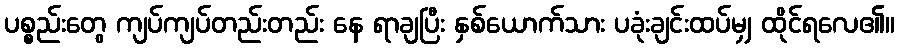
ပစ္စည်းတွေ ကျပ်ကျပ်တည်းတည်း နေ ရာချပြီး နှစ်ယောက်သား ပခုံးချင်းထပ်မျှ ထိုင်ရလေ၏။